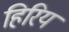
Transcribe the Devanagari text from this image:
हिरिय